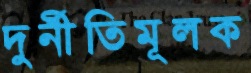
দুর্নীতিমূলক